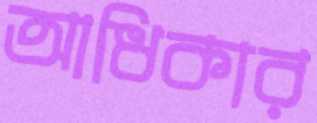
আধিকার